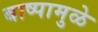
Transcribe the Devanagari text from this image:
बाष्पामुळे